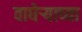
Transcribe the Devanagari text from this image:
वाघेऱ्याच्या